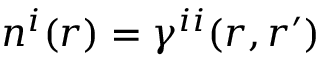
n ^ { i } ( r ) = \gamma ^ { i i } ( r , r ^ { \prime } )